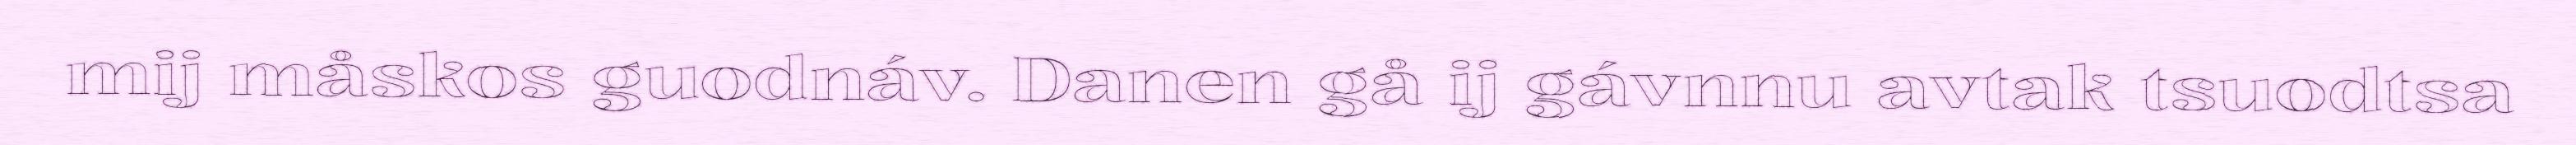
mij måskos guodnáv. Danen gå ij gávnnu avtak tsuodtsa